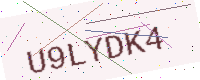
Text: U9LYDK4